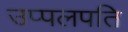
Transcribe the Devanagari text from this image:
उप्पलपति